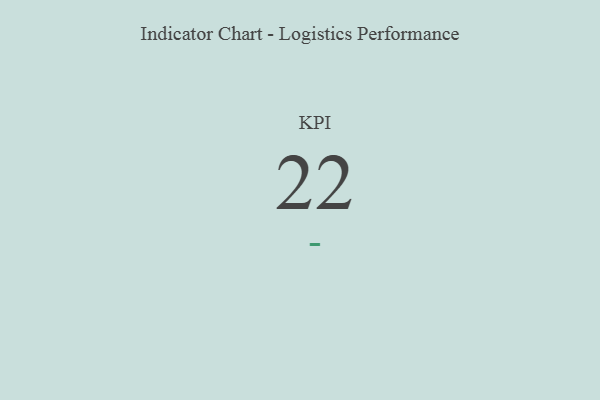
{"axis": {"x": "KPI", "y": "Value"}, "legend": [""], "data": [{"x": "KPI", "y": 22, "type": ""}]}